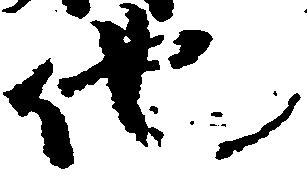
他